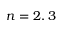
n = 2 , 3